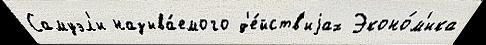
Самуэл'и называ́емого д'е́йств'иjах Эконо́м'ика